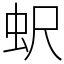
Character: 蚇